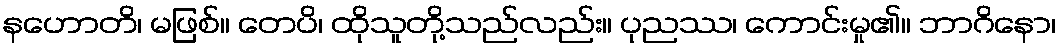
နဟောတိ၊ မဖြစ်။ တေပိ၊ ထိုသူတို့သည်လည်း။ ပုညဿ၊ ကောင်းမှု၏။ ဘာဂိနော၊